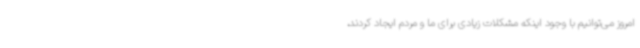
امروز می‌توانیم با وجود اینکه مشکلات زیادی برای ما و مردم ایجاد کردند،